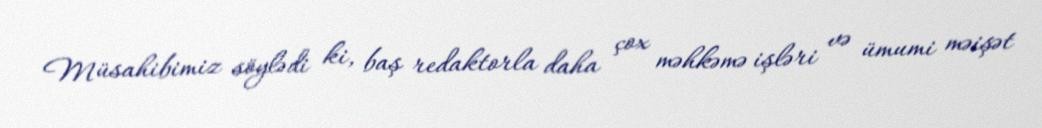
Müsahibimiz söylədi ki, baş redaktorla daha çox məhkəmə işləri və ümumi məişət